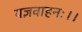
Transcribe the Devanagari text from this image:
यज्ञवाहनः।।